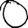
Digit: 0